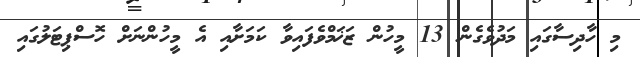
މި ހާދިސާގައި މަދުވެގެން 13 މީހުން ޒަޚަމްވެފައިވާ ކަމަށާއި އެ މީހުންނަށް ހޮސްޕިޓަލުގައި